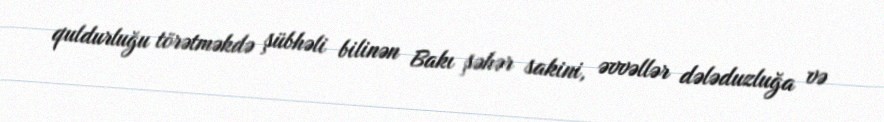
quldurluğu törətməkdə şübhəli bilinən Bakı şəhər sakini, əvvəllər dələduzluğa və